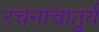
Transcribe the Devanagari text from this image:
रचनाचातुर्य